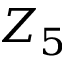
Z _ { 5 }